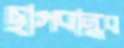
ছাগবান্ধব